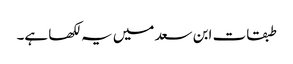
طبقات ابن سعد میں یہ لکھا ہے۔